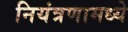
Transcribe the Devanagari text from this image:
नियंत्रणामध्ये